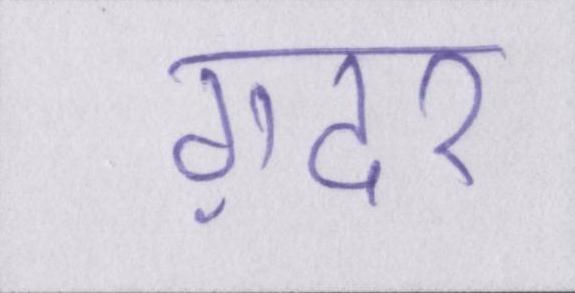
ग़दर